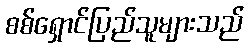
စစ်ရှောင်ပြည်သူများသည်